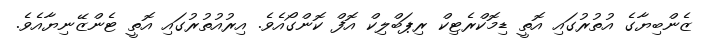
ޒެންބިޔާގެ އުތުރުގައި އޮތީ ޑިމޮކްރެޓިކް ރިޕަބްލިކް އޮފް ކޮންގޯއެވެ. އިރުއުތުރުގައި އޮތީ ޓެންޒޭނިޔާއެވެ.